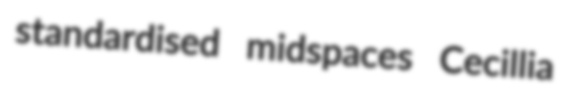
standardised midspaces Cecillia